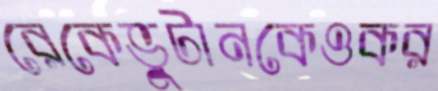
রেকেভুটানকেওকর